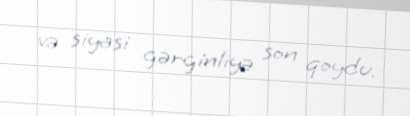
və siyasi gərginliyə son qoydu.